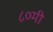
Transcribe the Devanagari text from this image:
८०मी